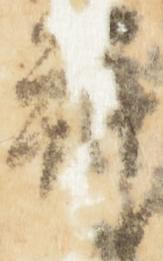
拝